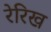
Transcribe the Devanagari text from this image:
रेरिख